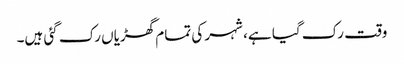
وقت رک گیا ہے، شہر کی تمام گھڑیاں رک گئی ہیں۔